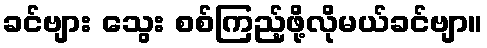
ခင်ဗျား သွေး စစ်ကြည့်ဖို့လိုမယ်ခင်ဗျာ။